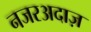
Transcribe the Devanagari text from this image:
नजरअदाज़